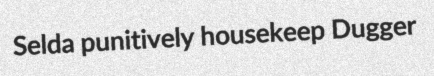
Selda punitively housekeep Dugger